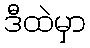
ဒီထဲမှာ